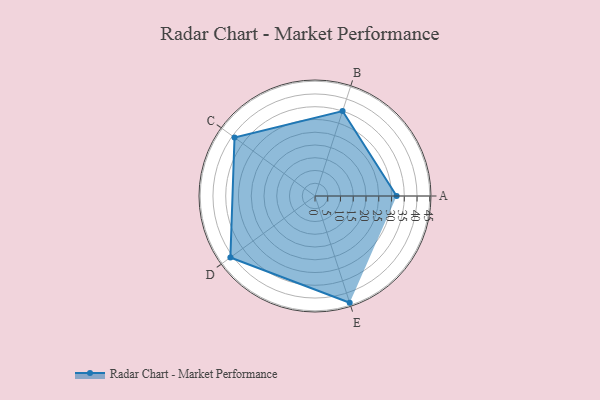
{"axis": {"x": "Skill", "y": "Score"}, "legend": ["Profile"], "data": [{"x": "A", "y": 32.0, "type": "Profile"}, {"x": "B", "y": 35.0, "type": "Profile"}, {"x": "C", "y": 39.0, "type": "Profile"}, {"x": "D", "y": 41.0, "type": "Profile"}, {"x": "E", "y": 44.0, "type": "Profile"}]}